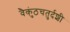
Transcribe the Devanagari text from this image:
वैकुंठचतुर्दशी